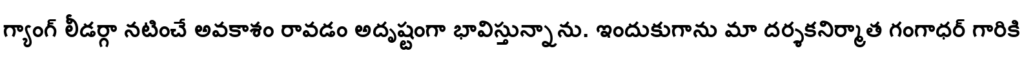
గ్యాంగ్ లీడర్గా నటించే అవకాశం రావడం అదృష్టంగా భావిస్తున్నాను. ఇందుకుగాను మా దర్శకనిర్మాత గంగాధర్ గారికి